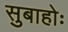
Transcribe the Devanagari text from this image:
सुबाहोः